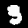
Digit: 3